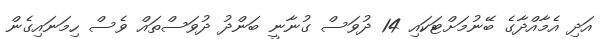
އަދި އެމާއްދާގެ ބޭނުމަށްޓަކައި 14 ދުވަސް ގުނާނީ ބަންދު ދުވަސްތައް ވެސް ހިމަނައިގެން